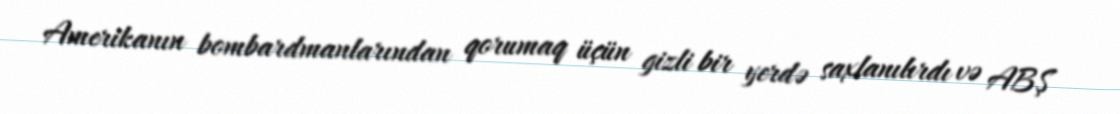
Amerikanın bombardmanlarından qorumaq üçün gizli bir yerdə saxlanılırdı və ABŞ